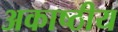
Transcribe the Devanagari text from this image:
अकाष्ठीय